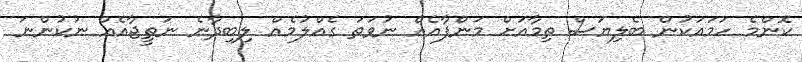
ކޮންމެ ހަމައަކުން ބެލިޔަސް ތިމާއަށް މަންފާއެއް ނުވަތަ ގެއްލުމެއް ލިބިދާނެ ނަތީޖާއެއް ނުކުންނަ